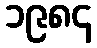
၁၉၈၄